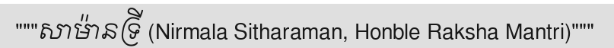
"""សាម៉ានទ្រី (Nirmala Sitharaman, Honble Raksha Mantri)"""